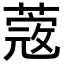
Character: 蔲